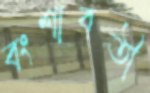
বংশাবতী